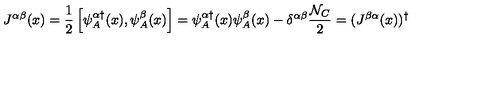
J ^ { \alpha \beta } ( x ) = { \frac { 1 } { 2 } } \left[ \psi _ { A } ^ { \alpha \dagger } ( x ) , \psi _ { A } ^ { \beta } ( x ) \right] = \psi _ { A } ^ { \alpha \dagger } ( x ) \psi _ { A } ^ { \beta } ( x ) - \delta ^ { \alpha \beta } { \frac { { \cal N } _ { C } } { 2 } } = ( J ^ { \beta \alpha } ( x ) ) ^ { \dagger }